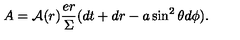
A = { \cal A } ( r ) \frac { e r } \Sigma ( d t + d r - a \sin ^ { 2 } \theta d \phi ) .